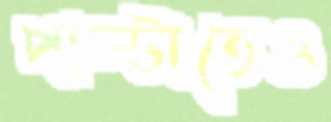
পাল্টাতেও